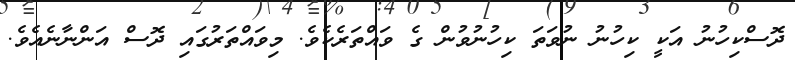
ދޮސްކިހުނު އަކީ ކިހުނު ނުވަތަ ކިހުނުވުން ގެ ވައްތަރެކެވެ. މިވައްތަރުގައި ދޮސް އަންނާނެއެވެ.